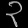
Digit: ၃